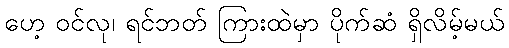
ဟေ့ ဝင်လု၊ ရင်ဘတ် ကြားထဲမှာ ပိုက်ဆံ ရှိလိမ့်မယ်